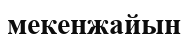
мекенжайын